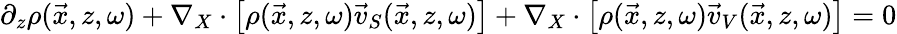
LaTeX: \begin{array}{r}{\partial_{z}\rho(\vec{x},z,\omega)+\nabla_{X}\cdot\left[\rho(\vec{x},z,\omega)\vec{v}_{S}(\vec{x},z,\omega)\right]+\nabla_{X}\cdot\left[\rho(\vec{x},z,\omega)\vec{v}_{V}(\vec{x},z,\omega)\right]=0}\end{array}